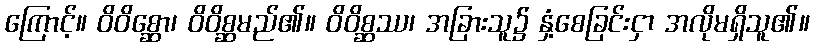
ကြောင့်။ ဝိဝိစ္ဆော၊ ဝိဝိစ္ဆမည်၏။ ဝိဝိစ္ဆဿ၊ အခြားသူ၌ နှံ့စေခြင်းငှာ အလိုမရှိသူ၏။